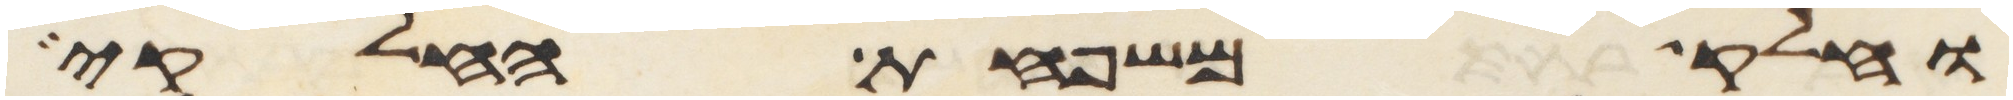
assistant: וחלק משפחת החלקי